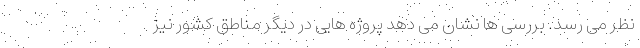
نظر می رسد. بررسی ها نشان می دهد پروژه هایی در دیگر مناطق کشور نیز